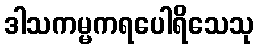
ဒါသကမ္မကရပေါရိသေသု